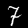
Label: 7